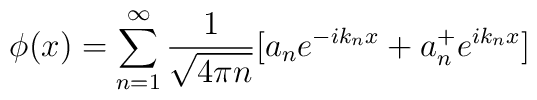
\phi(x) = \sum^{\infty}_{n=1} {1 \over \sqrt{4\pi n}} [a_n e^{-ik_nx} + a^+_ne^{ik_nx}]